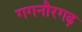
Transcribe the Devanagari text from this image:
गगनौरगढ़